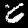
Digit: 6